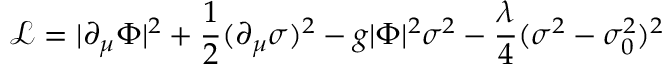
{ \mathcal { L } } = | \partial _ { \mu } \Phi | ^ { 2 } + { \frac { 1 } { 2 } } ( \partial _ { \mu } \sigma ) ^ { 2 } - g | \Phi | ^ { 2 } \sigma ^ { 2 } - { \frac { \lambda } { 4 } } ( \sigma ^ { 2 } - \sigma _ { 0 } ^ { 2 } ) ^ { 2 }